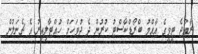
ރާއްޖެ ޓީވީގެ އާއްމު ބްރޯޑްކާސްޓު ކުރުން ދެ ދުވަހަށް ހުއްޓާލިއިރު އެ ޗެނަލުން